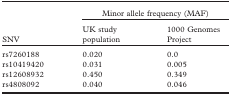
|  | <COLSPAN=2> Minor allele frequency (MAF) |
 | SNV | UK study population | 1000 Genomes Project |
 | --- | --- | --- |
 | rs7260188 | 0.020 | 0.0 |
 | rs10419420 | 0.031 | 0.005 |
 | rs12608932 | 0.450 | 0.349 |
 | rs4808092 | 0.040 | 0.046 |